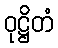
ဝုဋ္ဌိတံ